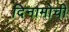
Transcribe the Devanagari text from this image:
दिनामोची